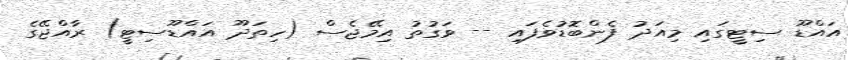
އައްޑޫ ސިޓީގައި މިއަދު ފެންބޮޑުވެފައި -- ވަގުތު އިމޭޖެސް (ހިތަދޫ އައްޑޫސިޓީ) ރާއްޖޭގެ